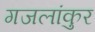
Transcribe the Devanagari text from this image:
गजलांकुर